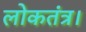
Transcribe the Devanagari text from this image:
लोकतंत्र।